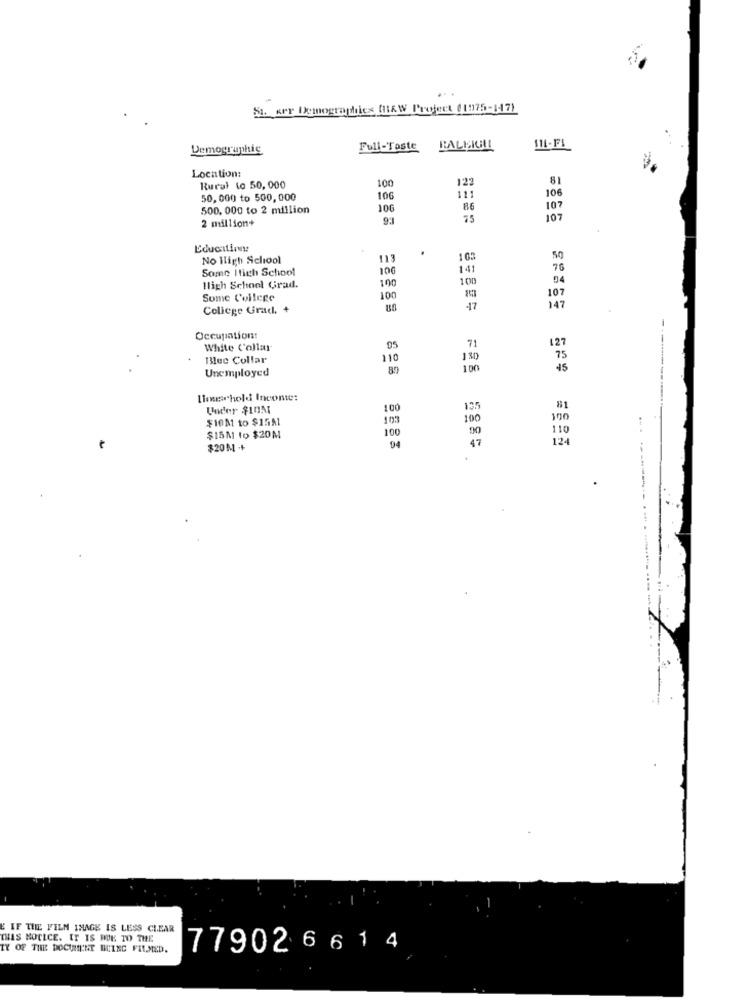
St. wer Demographics (HAW Project (1975-147)
Demographic
Full-Taste
11L-FL
Location:
100
122
81
Rural to 50, 000
106
50, 000 to 500,000
106
111
500. 000 to 2 million
106
86
107
2 million+
9.3
75
107
Education:
No High School
113
103
50
Some High School
106
141
76
100
100
94
High School Grad.
107
Some College
100
College Grad. +
47
147
-+
Occupation:
71
127
White Collar
05
13lec Collar
110
1 30
75
Unemployed
87
100
Linuschold Inconte:
Under $10M
100
135
81
$10M to $15A1
103
100
90
110
$15M to $20M
100
04
47
124
$20M ++
E IF THE FILM IMAGE IS LESS CLEAR
THIS NOTICE. IT IS HOE TO THE
TY OF THE DOCUMENT BEING FILMED.
77902 6 6 14